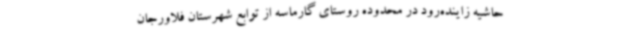
حاشیه زاینده‌رود در محدوده روستای گارماسه از توابع شهرستان فلاورجان